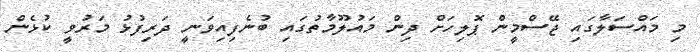
މި މައްސަލާގައި ޖޭސްމީން ޕޮލިހަށް ދިން މައުލޫމާތުގައި ބުނެފިއިވަނީ ދަރިފުޅު މަރުވީ ކުޅެން